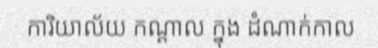
ការិយាល័យ កណ្តាល ក្នុង ដំណាក់កាល